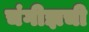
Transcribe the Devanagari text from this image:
चंगीझची